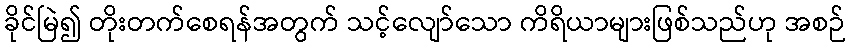
ခိုင်မြဲ၍ တိုးတက်စေရန်အတွက် သင့်လျော်သော ကိရိယာများဖြစ်သည်ဟု အစဉ်